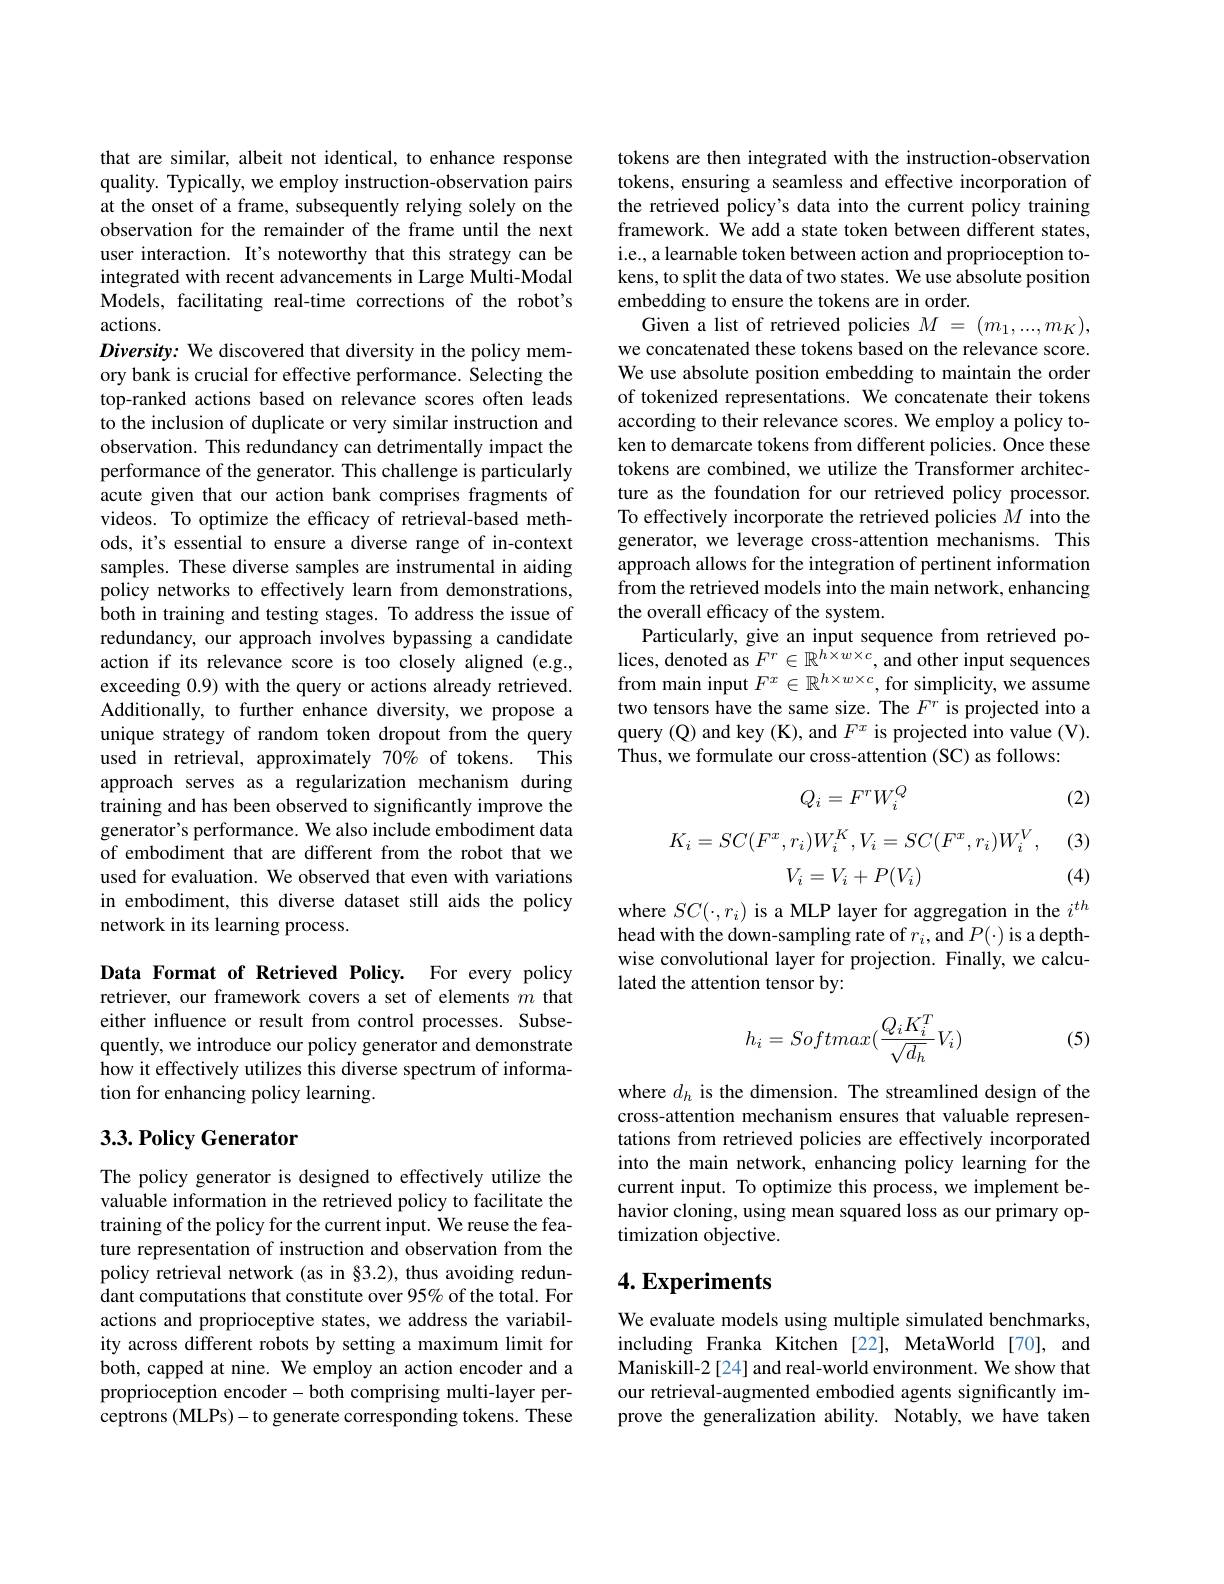
that are similar, albeit not identical, to enhance response quality. Typically, we employ instruction-observation pairs at the onset of a frame, subsequently relying solely on the observation for the remainder of the frame until the next user interaction. It's noteworthy that this strategy can be integrated with recent advancements in Large Multi-Modal Models, facilitating real-time corrections of the robot's actions.
Diversity: We discovered that diversity in the policy memory bank is crucial for effective performance. Selecting the top-ranked actions based on relevance scores often leads to the inclusion of duplicate or very similar instruction and observation. This redundancy can detrimentally impact the performance of the generator. This challenge is particularly acute given that our action bank comprises fragments of videos. To optimize the efficacy of retrieval-based methods, it's essential to ensure a diverse range of in-context samples. These diverse samples are instrumental in aiding policy networks to effectively learn from demonstrations, both in training and testing stages. To address the issue of redundancy, our approach involves bypassing a candidate action if its relevance score is too closely aligned (e.g., exceeding 0.9) with the query or actions already retrieved. Additionally, to further enhance diversity, we propose a unique strategy of random token dropout from the query used in retrieval, approximately 70% of tokens. This approach serves as a regularization mechanism during training and has been observed to significantly improve the generator's performance. We also include embodiment data of embodiment that are different from the robot that we used for evaluation. We observed that even with variations in embodiment, this diverse dataset still aids the policy network in its learning process.

Data Format of Retrieved Policy. For every policy retriever, our framework covers a set of elements $m$ that either influence or result from control processes. Subsequently, we introduce our policy generator and demonstrate how it effectively utilizes this diverse spectrum of information for enhancing policy learning.

## $3. 3. \textbf{Policy Generator}$

The policy generator is designed to effectively utilize the valuable information in the retrieved policy to facilitate the training of the policy for the current input. We reuse the feature representation of instruction and observation from the policy retrieval network (as in §3.2), thus avoiding redundant computations that constitute over 95% of the total. For actions and proprioceptive states, we address the variability across different robots by setting a maximum limit for both, capped at nine. We employ an action encoder and a proprioception encoder-both comprising multi-layer perceptrons (MLPs)-to generate corresponding tokens. These

tokens are then integrated with the instruction-observation tokens, ensuring a seamless and effective incorporation of the retrieved policy's data into the current policy training framework. We add a state token between different states, i.e., a learnable token between action and proprioception tokens, to split the data of two states. We use absolute position embedding to ensure the tokens are in order.
Given a list of retrieved policies $M=(m_1,...,m_K)$, we concatenated these tokens based on the relevance score. We use absolute position embedding to maintain the order of tokenized representations. We concatenate their tokens according to their relevance scores. We employ a policy token to demarcate tokens from different policies. Once these tokens are combined, we utilize the Transformer architecture as the foundation for our retrieved policy processor. To effectively incorporate the retrieved policies $M$ into the generator, we leverage cross-attention mechanisms. This approach allows for the integration of pertinent information from the retrieved models into the main network, enhancing the overall efficacy of the system.
Particularly, give an input sequence from retrieved polices, denoted as $F^r\in\mathbb{R}^{h\times w\times c}$, and other input sequences from main input $F^x\in\mathbb{R}^{h\times w\times c}$, for simplicity, we assume two tensors have the same size. The $F^r$ is projected into a query (Q) and key (K), and $F^x$ is projected into value (V). Thus, we formulate our cross-attention (SC) as follows:
$$Q_i=F^rW_i^Q$$
(2)
$$K_i=SC(F^x,r_i)W_i^K,V_i=SC(F^x,r_i)W_i^V,$$
(3)
$$V_i=V_i+P(V_i)$$
(4)

where $SC(\cdot,r_i)$ is a MLP layer for aggregation in the $i^{th}$ head with the down-sampling rate of $r_i$, and $P(\cdot)$ is a depthwise convolutional layer for projection. Finally, we calculated the attention tensor by:
$$h_i=Softmax(\frac{Q_iK_i^T}{\sqrt{d_h}}V_i)$$
(5)

where $d_{h}$ is the dimension. The streamlined design of the cross-attention mechanism ensures that valuable representations from retrieved policies are effectively incorporated into the main network, enhancing policy learning for the current input. To optimize this process, we implement behavior cloning, using mean squared loss as our primary optimization objective.

## $4. \textbf{Experiments}$

We evaluate models using multiple simulated benchmarks, including Franka Kitchen[22], MetaWorld[70], and Maniskill-2[24] and real-world environment. We show that our retrieval-augmented embodied agents significantly improve the generalization ability. Notably, we have taken